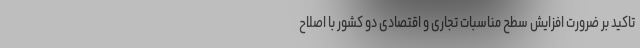
تاکید بر ضرورت افزایش سطح مناسبات تجاری و اقتصادی دو کشور با اصلاح